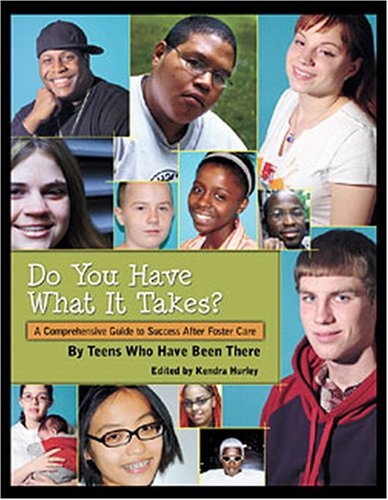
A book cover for Do You Have What It Takes? A Comprehensive Guide to Success After Foster Care; Youth Communication; Teen & Young Adult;